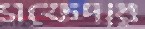
সফেদার